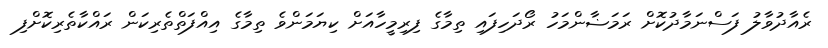
ރެއާދުވާލު ފަސްނަމާދުކޮށް ރަމަޟާންމަހު ރޯދަހިފައި ތިމާގެ ފިރިމީހާއަށް ކިޔަމަންވެ ތިމާގެ އިއްފަތްތެރިކަން ރައްކާތެރިކޮށްފި